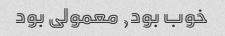
خوب بود, معمولی بود